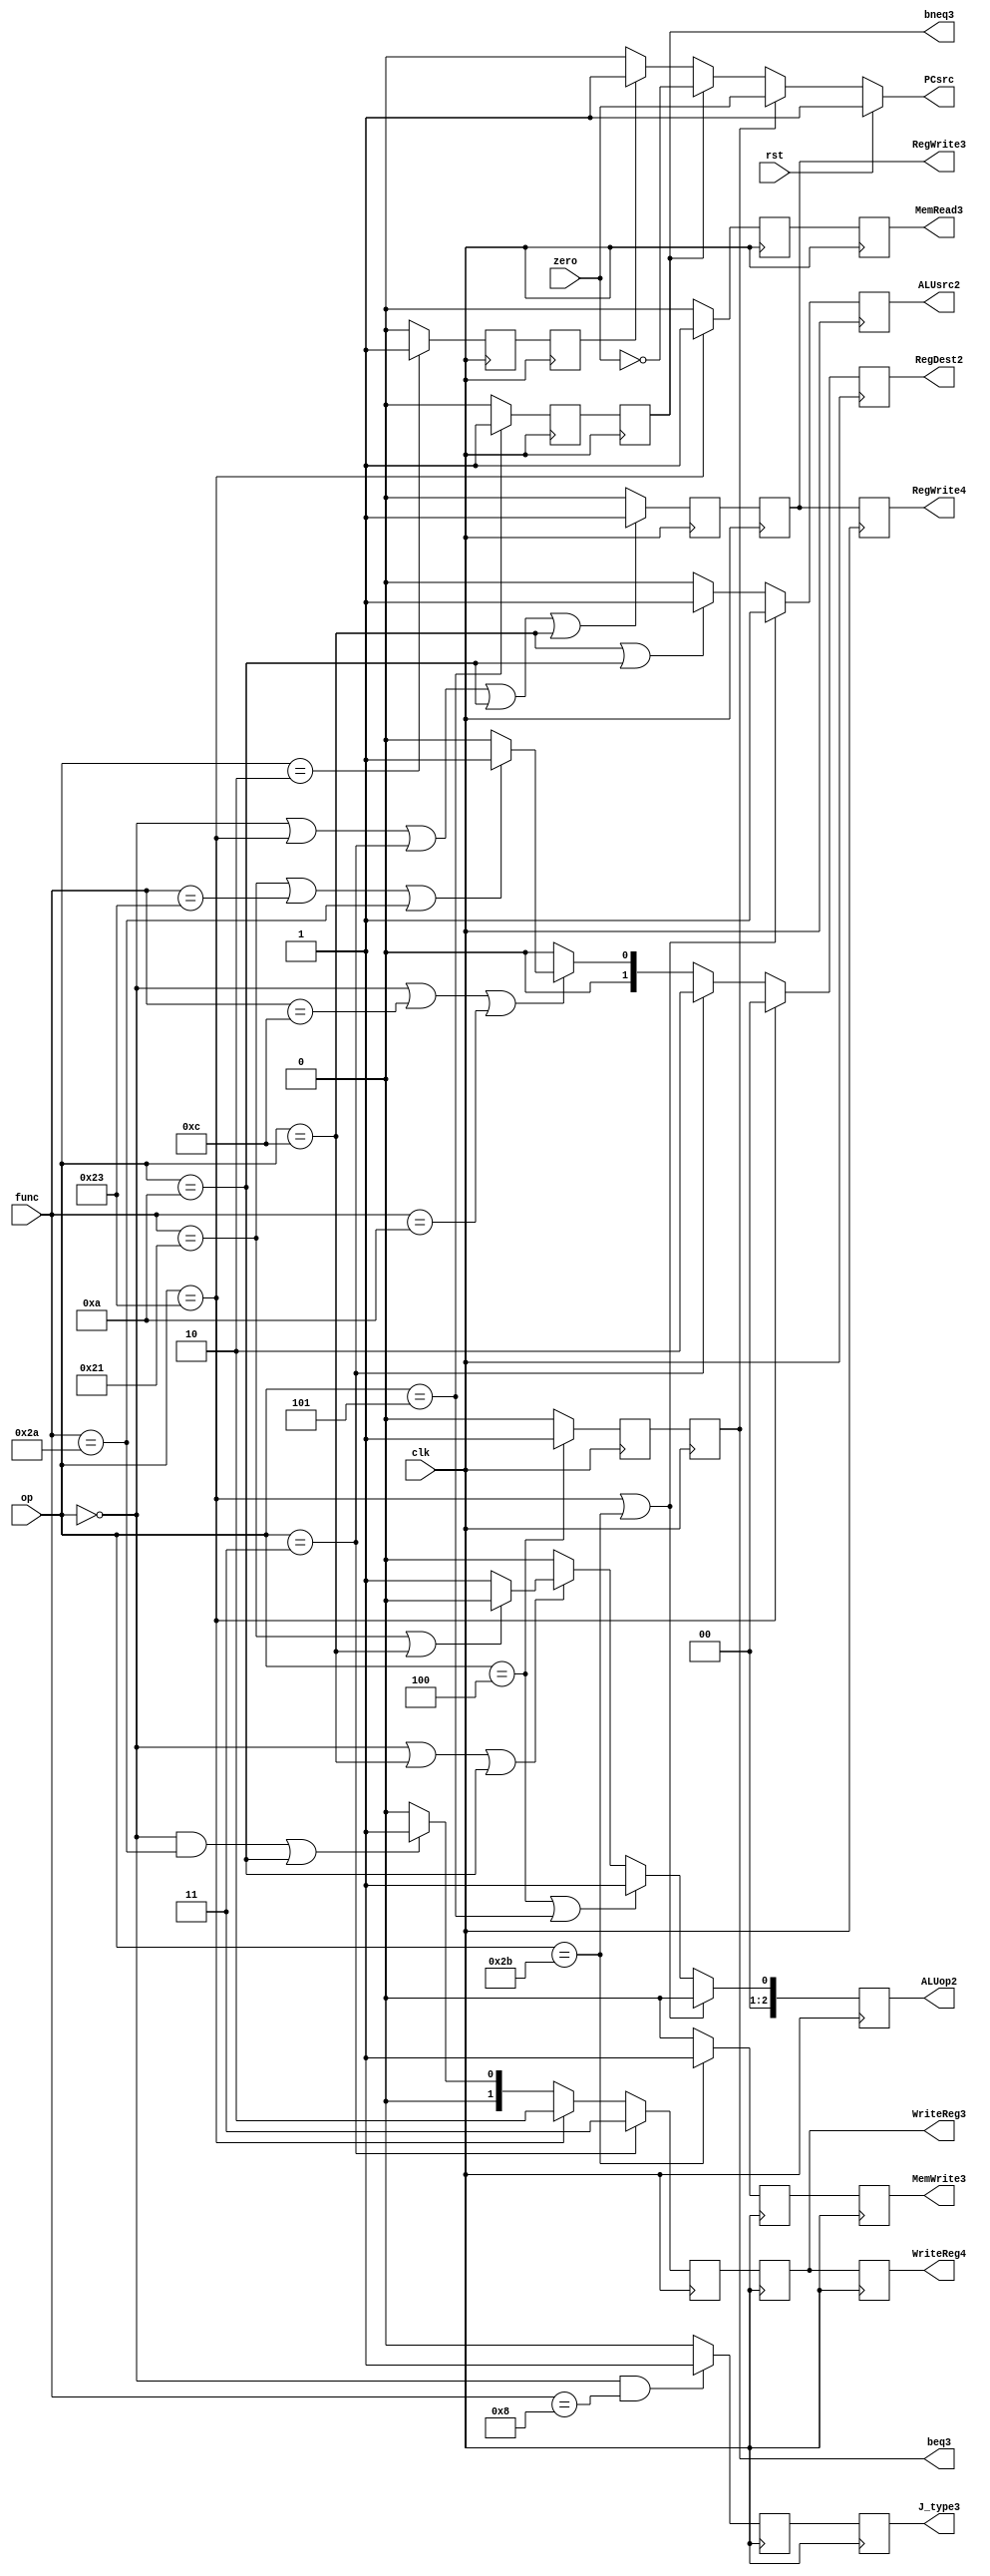
module Controller(input clk, input rst,zero, input [5 : 0]op, input [5 : 0]func, output reg J_type3, output PCsrc, output reg RegWrite4, RegWrite3,
		ALUsrc2, MemRead3 , MemWrite3, beq3, bneq3, output reg[2 : 0]ALUop2, output reg[1 : 0]RegDest2,
		output reg [1:0] WriteReg3, output reg[1 : 0] WriteReg4);

	reg PCsrc3, PCsrc2;
	reg beq, beq2;
	reg bneq, bneq2;
	reg ALUsrc;
	reg ALUop;
	reg first;
	reg second;
	reg third;
	reg Jm1, Jm2, Jm3;
	reg MemWrite, MemWrite2;
	reg[1 : 0] WriteReg, WriteReg2;
	reg RegWrite, RegWrite2;
	reg J_type, J_type2;
	reg [1 : 0]RegDest;
	reg MemRead, MemRead2;

	parameter[5:0] RT = 6'b000000, lw = 6'b100011, sw = 6'b101011, BEQ = 6'b000100, BNEQ = 6'b000101,
			J = 6'b000010, Jal = 6'b000011, Jr = 6'b001000, add = 6'b100001, sub = 6'b100011, addi = 6'b001100,
			slt = 6'b101010, slti = 6'b001010;
	parameter ADD = 0;
	parameter SUB = 1;

	always @(func, op)
	begin
		RegDest = 0;
		RegWrite = 0;
		J_type = 0;
		ALUsrc = 0;
		ALUop = 0;
		WriteReg = 0;
		MemWrite = 0;
		MemRead = 0;
		first = 1;
		second = 0;
		third = 0;
		Jm1 = 0;
		if (op == BEQ)
			beq = 1;
		else
			beq = 0;

		if (op == BNEQ)
			bneq = 1;
		else
			bneq = 0;

		if (op == lw)
			RegDest = 0;
		else if (op == Jal)
			RegDest = 2;
		else if (op == RT | func == addi | func == slti)
		begin
			if (func == add | func == sub | func == slt)
				RegDest = 1;
			else
				RegDest = 0;
		end

		if (op == RT | op == lw | op == Jal | op == slti | op == addi)
			RegWrite = 1;

		if (op == RT & func == Jr)
			J_type = 1;

		if (op == lw | op == sw)
			ALUsrc = 1;
		else if (op == addi | op == slti)
		begin
				ALUsrc = 1;
		end

		if (op == lw | op == sw)
			ALUop = ADD;
		else if (op == BEQ | op == BNEQ)
			ALUop = SUB;
		else if (op == RT | op == addi | op == slti)
		begin
			if (func == add | op == addi)
				ALUop = ADD;
			else
				ALUop = SUB;
		end

		if (op == Jal)
			WriteReg = 3;
		else if (op == lw)
			WriteReg = 2;
		else if ((op == RT & func == slt) | op == slti)
			WriteReg = 1;

		if (op == sw)
			MemWrite = 1;

		if (op == lw)
			MemRead = 1;
		if(op == J) 
			Jm1 = 1;

	end
	
	assign PCsrc = rst ? 1'b1: beq3 ? zero: bneq3 ? ~zero: Jm3 ? 1'b1:1'b0;
	
	always @(posedge clk)
	begin
		beq3 = beq2;
		beq2 = beq;

		bneq3 = bneq2;
		bneq2 = bneq;
		
		third = second;
		second = first;

		ALUsrc2 = ALUsrc;

		ALUop2 = ALUop;

		MemWrite3 = MemWrite2;
		MemWrite2 = MemWrite;

		MemRead3 = MemRead2;
		MemRead2 = MemRead;

		WriteReg4 = WriteReg3;
		WriteReg3 = WriteReg2;
		WriteReg2 = WriteReg;
		
		RegWrite4 = RegWrite3;
		RegWrite3 = RegWrite2;
		RegWrite2 = RegWrite;

		J_type3 = J_type2;
		J_type2 = J_type;
		
		Jm3 = Jm2;
		Jm2 = Jm1;

		RegDest2 = RegDest;
	end
endmodule